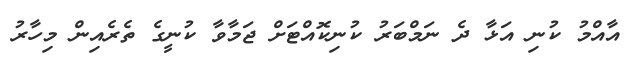
އާއްމު ކުނި އަޅާ ދެ ނަމްބަރު ކުނިކޮއްޓަށް ޖަމާވާ ކުނީގެ ތެރެއިން މިހާރު